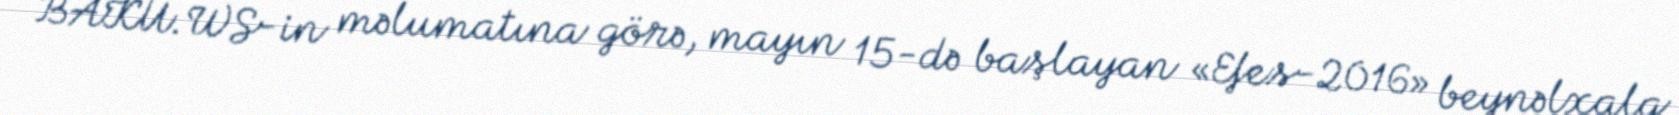
BAKU.WS-in məlumatına görə, mayın 15-də başlayan «Efes-2016» beynəlxalq